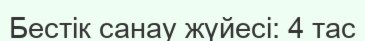
Бестік санау жүйесі: 4 тас